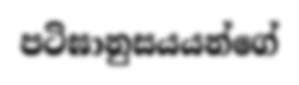
පටිඝානුසයයන්ගේ